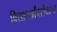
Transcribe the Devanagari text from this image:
विद्यार्थ्यांबरोबरच